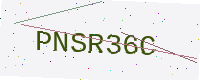
Text: PNSR36C